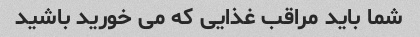
شما باید مراقب غذایی که می خورید باشید